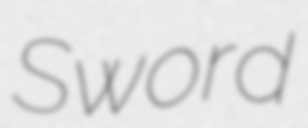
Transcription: Sword